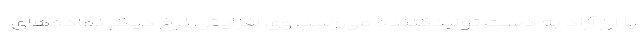
یا ارز آزاد به دست تولیدکننده می رسد. وی افزایش نرخ دیگر نهاده‌های